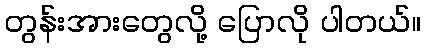
တွန်းအားတွေလို့ ပြောလို ပါတယ်။